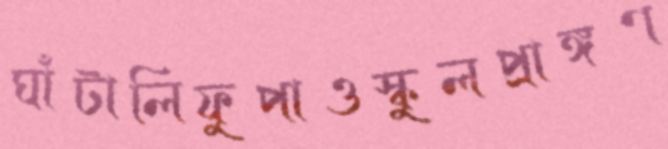
ঘাঁটালিফুপাওস্কুলপ্রাঙ্গণ